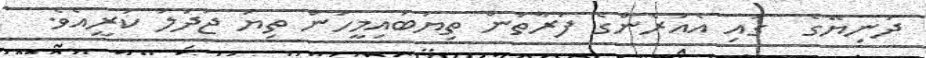
ދުނިޔޭގެ  ގައި އެއުރެންގެ ފަރާތުން ތިޔަބައިމީހުން ތިޔަ ޖަދަލު ކުރީއެވެ.